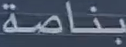
بناصة